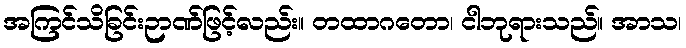
အကြင်သိခြင်းဉာဏ်ဖြင့်လည်း။ တထာဂတော၊ ငါဘုရားသည်။ အာသ၊